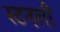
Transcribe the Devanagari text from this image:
स्टनली